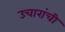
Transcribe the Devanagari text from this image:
उचारांची